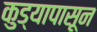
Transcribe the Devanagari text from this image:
कुड्यापासून